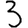
Digit: 3